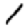
Digit: 1